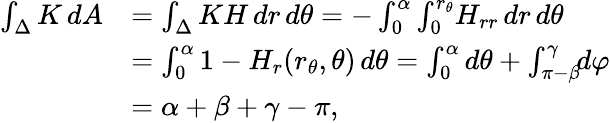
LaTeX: {\begin{array}{rl}{\int_{\Delta}K\, dA}&{=\int_{\Delta}KH\, dr\, d\theta=-\int_{0}^{\alpha}\int_{0}^{r_{\theta}}\! H_{rr}\, dr\, d\theta}\\ &{=\int_{0}^{\alpha}1-H_{r}(r_{\theta},\theta)\, d\theta=\int_{0}^{\alpha}d\theta+\int_{\pi-\beta}^{\gamma}\! \! d\varphi}\\ &{=\alpha+\beta+\gamma-\pi,}\end{array}}